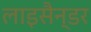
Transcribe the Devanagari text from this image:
लाइसैन्डर